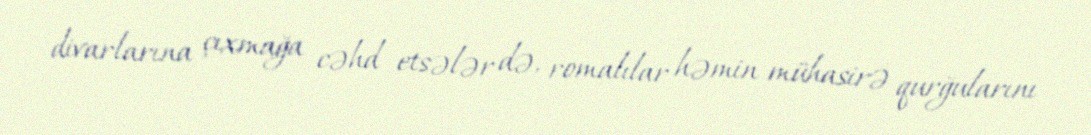
divarlarına çıxmağa cəhd etsələr də, romalılar həmin mühasirə qurğularını